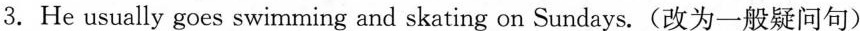
3.He usually goes swimming and skating on Sundays.(改为一般疑问句)